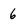
Character: 6